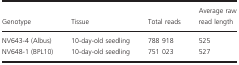
| Genotype | Tissue | Total reads | Average raw read length |
 | --- | --- | --- | --- |
 | NV643‐4 (Albus) | 10‐day‐old seedling | 788 918 | 525 |
 | NV648‐1 (BPL10) | 10‐day‐old seedling | 751 023 | 527 |